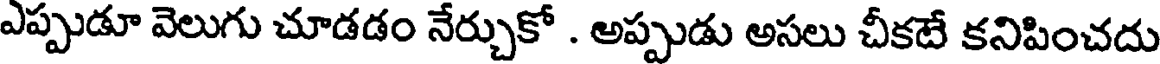
ఎప్పుడూ వెలుగు చూడడం నేర్చుకో . అప్పుడు అసలు చీకటే కనిపించదు